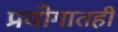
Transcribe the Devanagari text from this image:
प्रयोगातही